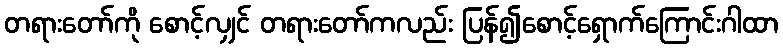
တရားတော်ကို စောင့်လျှင် တရားတော်ကလည်း ပြန်၍စောင့်ရှောက်ကြောင်းဂါထာ